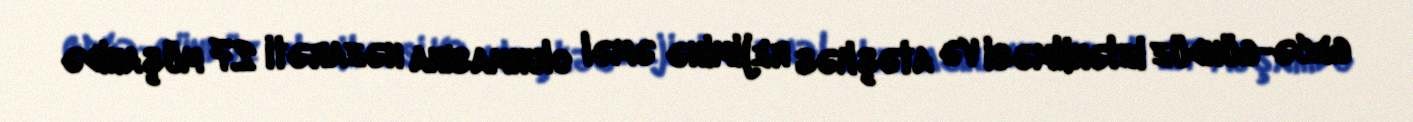
gecə-gündüz izlənilməsi və atəşkəs rejiminə əməl olunmasına nəzarəti 27 müşahidə